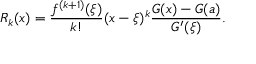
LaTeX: R _ { k } ( x ) = { \frac { f ^ { ( k + 1 ) } ( \xi ) } { k ! } } ( x - \xi ) ^ { k } { \frac { G ( x ) - G ( a ) } { G ^ { \prime } ( \xi ) } } .